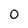
Character: 0